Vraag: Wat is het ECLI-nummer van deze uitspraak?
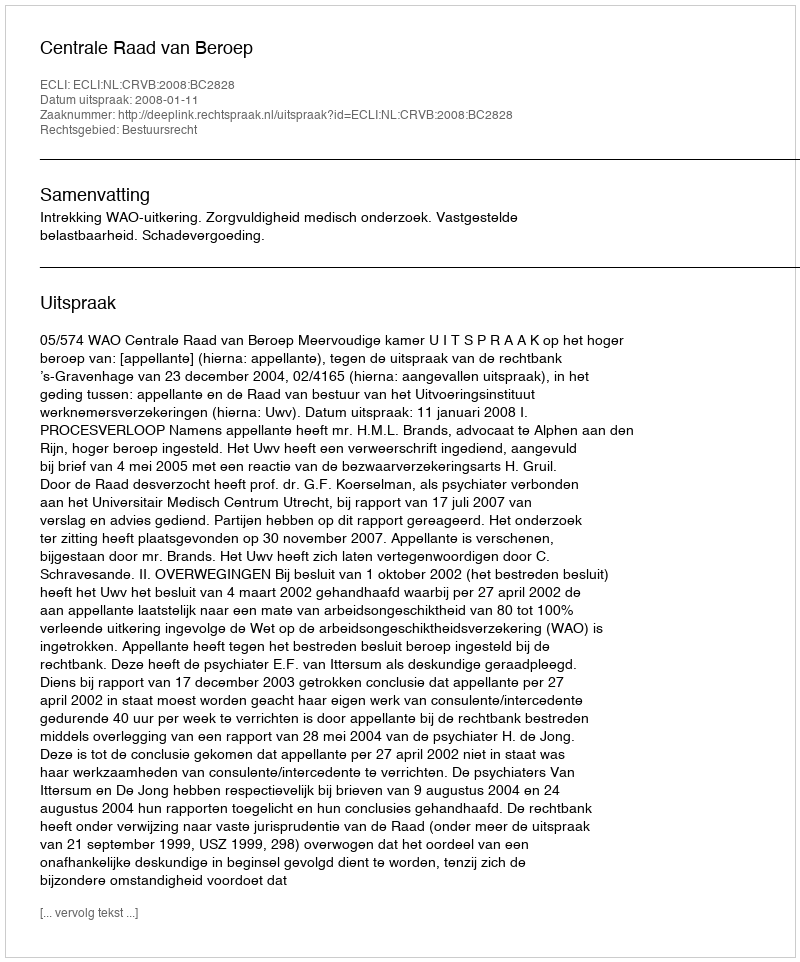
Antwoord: ECLI:NL:CRVB:2008:BC2828